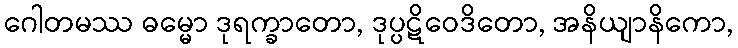
ဂေါတမဿ ဓမ္မော ဒုရက္ခာတော, ဒုပ္ပဋိဝေဒိတော, အနိယျာနိကော,